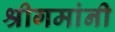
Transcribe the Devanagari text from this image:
श्रीगमांनी